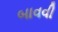
બાવવી